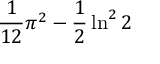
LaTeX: { \frac { 1 } { 1 2 } } \pi ^ { 2 } - { \frac { 1 } { 2 } } \ln ^ { 2 } 2